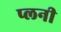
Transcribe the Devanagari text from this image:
प्लनी